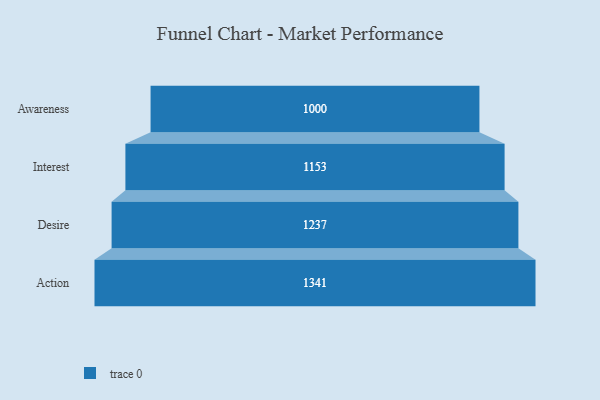
{"axis": {"x": "Stage", "y": "Value"}, "legend": [""], "data": [{"x": "Awareness", "y": 1000.0, "type": ""}, {"x": "Interest", "y": 1153.0, "type": ""}, {"x": "Desire", "y": 1237.0, "type": ""}, {"x": "Action", "y": 1341.0, "type": ""}]}